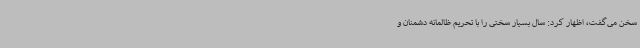
سخن می‌گفت، اظهار کرد: سال بسیار سختی را با تحریم ظالمانه دشمنان و